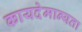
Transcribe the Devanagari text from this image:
कायदेमान्यता